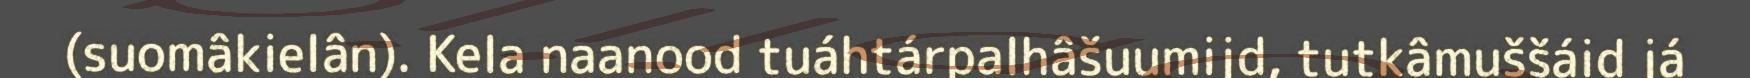
(suomâkielân). Kela naanood tuáhtárpalhâšuumijd, tutkâmuššáid já